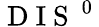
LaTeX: \mathrm{~D~I~S~}^{\mathrm{~0~}}